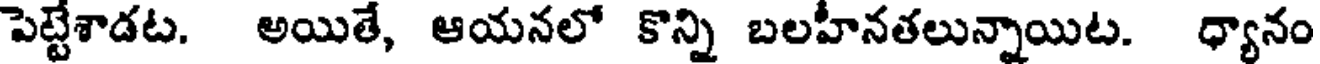
పెట్టేశాడట. అయితే, ఆయనలో కొన్ని బలహీనతలున్నాయిట. ధ్యానం